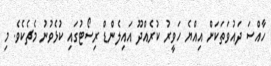
ހާއްސަ ދައުވަތަކަށް އިއްޔެ ހަވީރު ކުރެއްދޫ އައިލެންޑް ރިސޯޓުގައި ކުޅެވުނު މެޗެކެވެ. މި